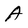
Character: A